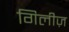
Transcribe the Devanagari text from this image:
गिलीज़